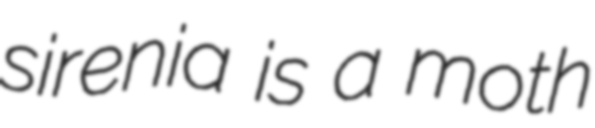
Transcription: sirenia is a moth